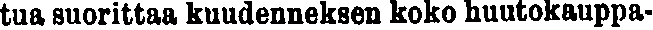
tua suorittaa kuudenneksen koko huutokauppa-